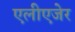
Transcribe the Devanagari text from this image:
एलीएजेर